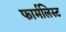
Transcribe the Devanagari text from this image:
फार्मलिस्ट